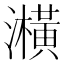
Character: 㶇